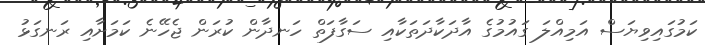
ކަމުގައިވިޔަސް އަމިއްލަ ގައުމުގެ އާދަކާދަތަކާއި ސަގާފަތް ހަނދާން ކުރަން ޖެހޭނެ ކަމަށާއި ރަނގަޅު